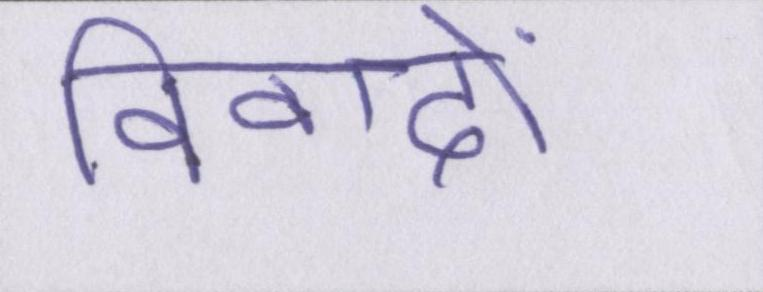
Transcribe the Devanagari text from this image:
विवादों